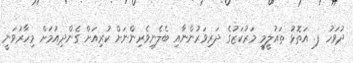
ދުވަހު ފ. އަތޮޅު ތައުލީމީ މަރުކަޒުގެ ދަރިވަރުންނާއި ބެލެނިވެރިންނަށް ކުރިއަށް ގެންދިއުމަށް މިހާރުވަނީ